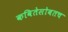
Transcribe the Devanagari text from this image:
कवितेसोबतच